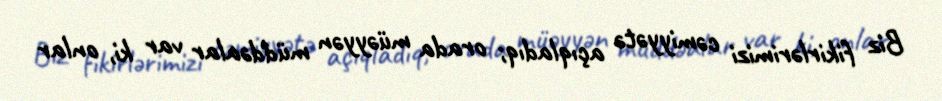
Biz fikirlərimizi cəmiyyətə açıqladıq; orada müəyyən müddəalar var ki, onlar